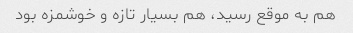
هم به موقع رسید، هم بسیار تازه و خوشمزه بود